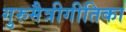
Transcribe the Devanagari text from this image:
गुरुमैत्रीगीतिका